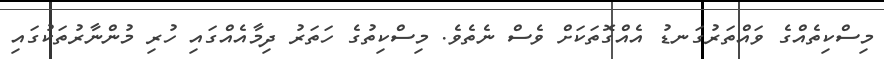
މިސްކިތެއްގެ ވައްތަރުގަނޑު އެއްގޮތަކަށް ވެސް ނެތެވެ. މިސްކިތުގެ ހަތަރު ދިމާއެއްގައި ހުރި މުންނާރުތަކުގައި